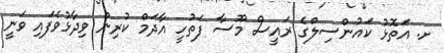
ށ. އަތޮޅު ކައުންސިލްގެ ރައީސް މޫސާ ފަތުހީ އާދަމް ކުރިން ވިދާޅުވެފައި ވަނީ